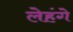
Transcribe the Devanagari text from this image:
लेहंगे